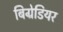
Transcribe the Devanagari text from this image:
बिग्रेडियर